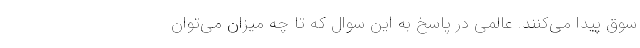
سوق پیدا می‌کنند. عالمی در پاسخ به این سوال که تا چه میزان می‌توان